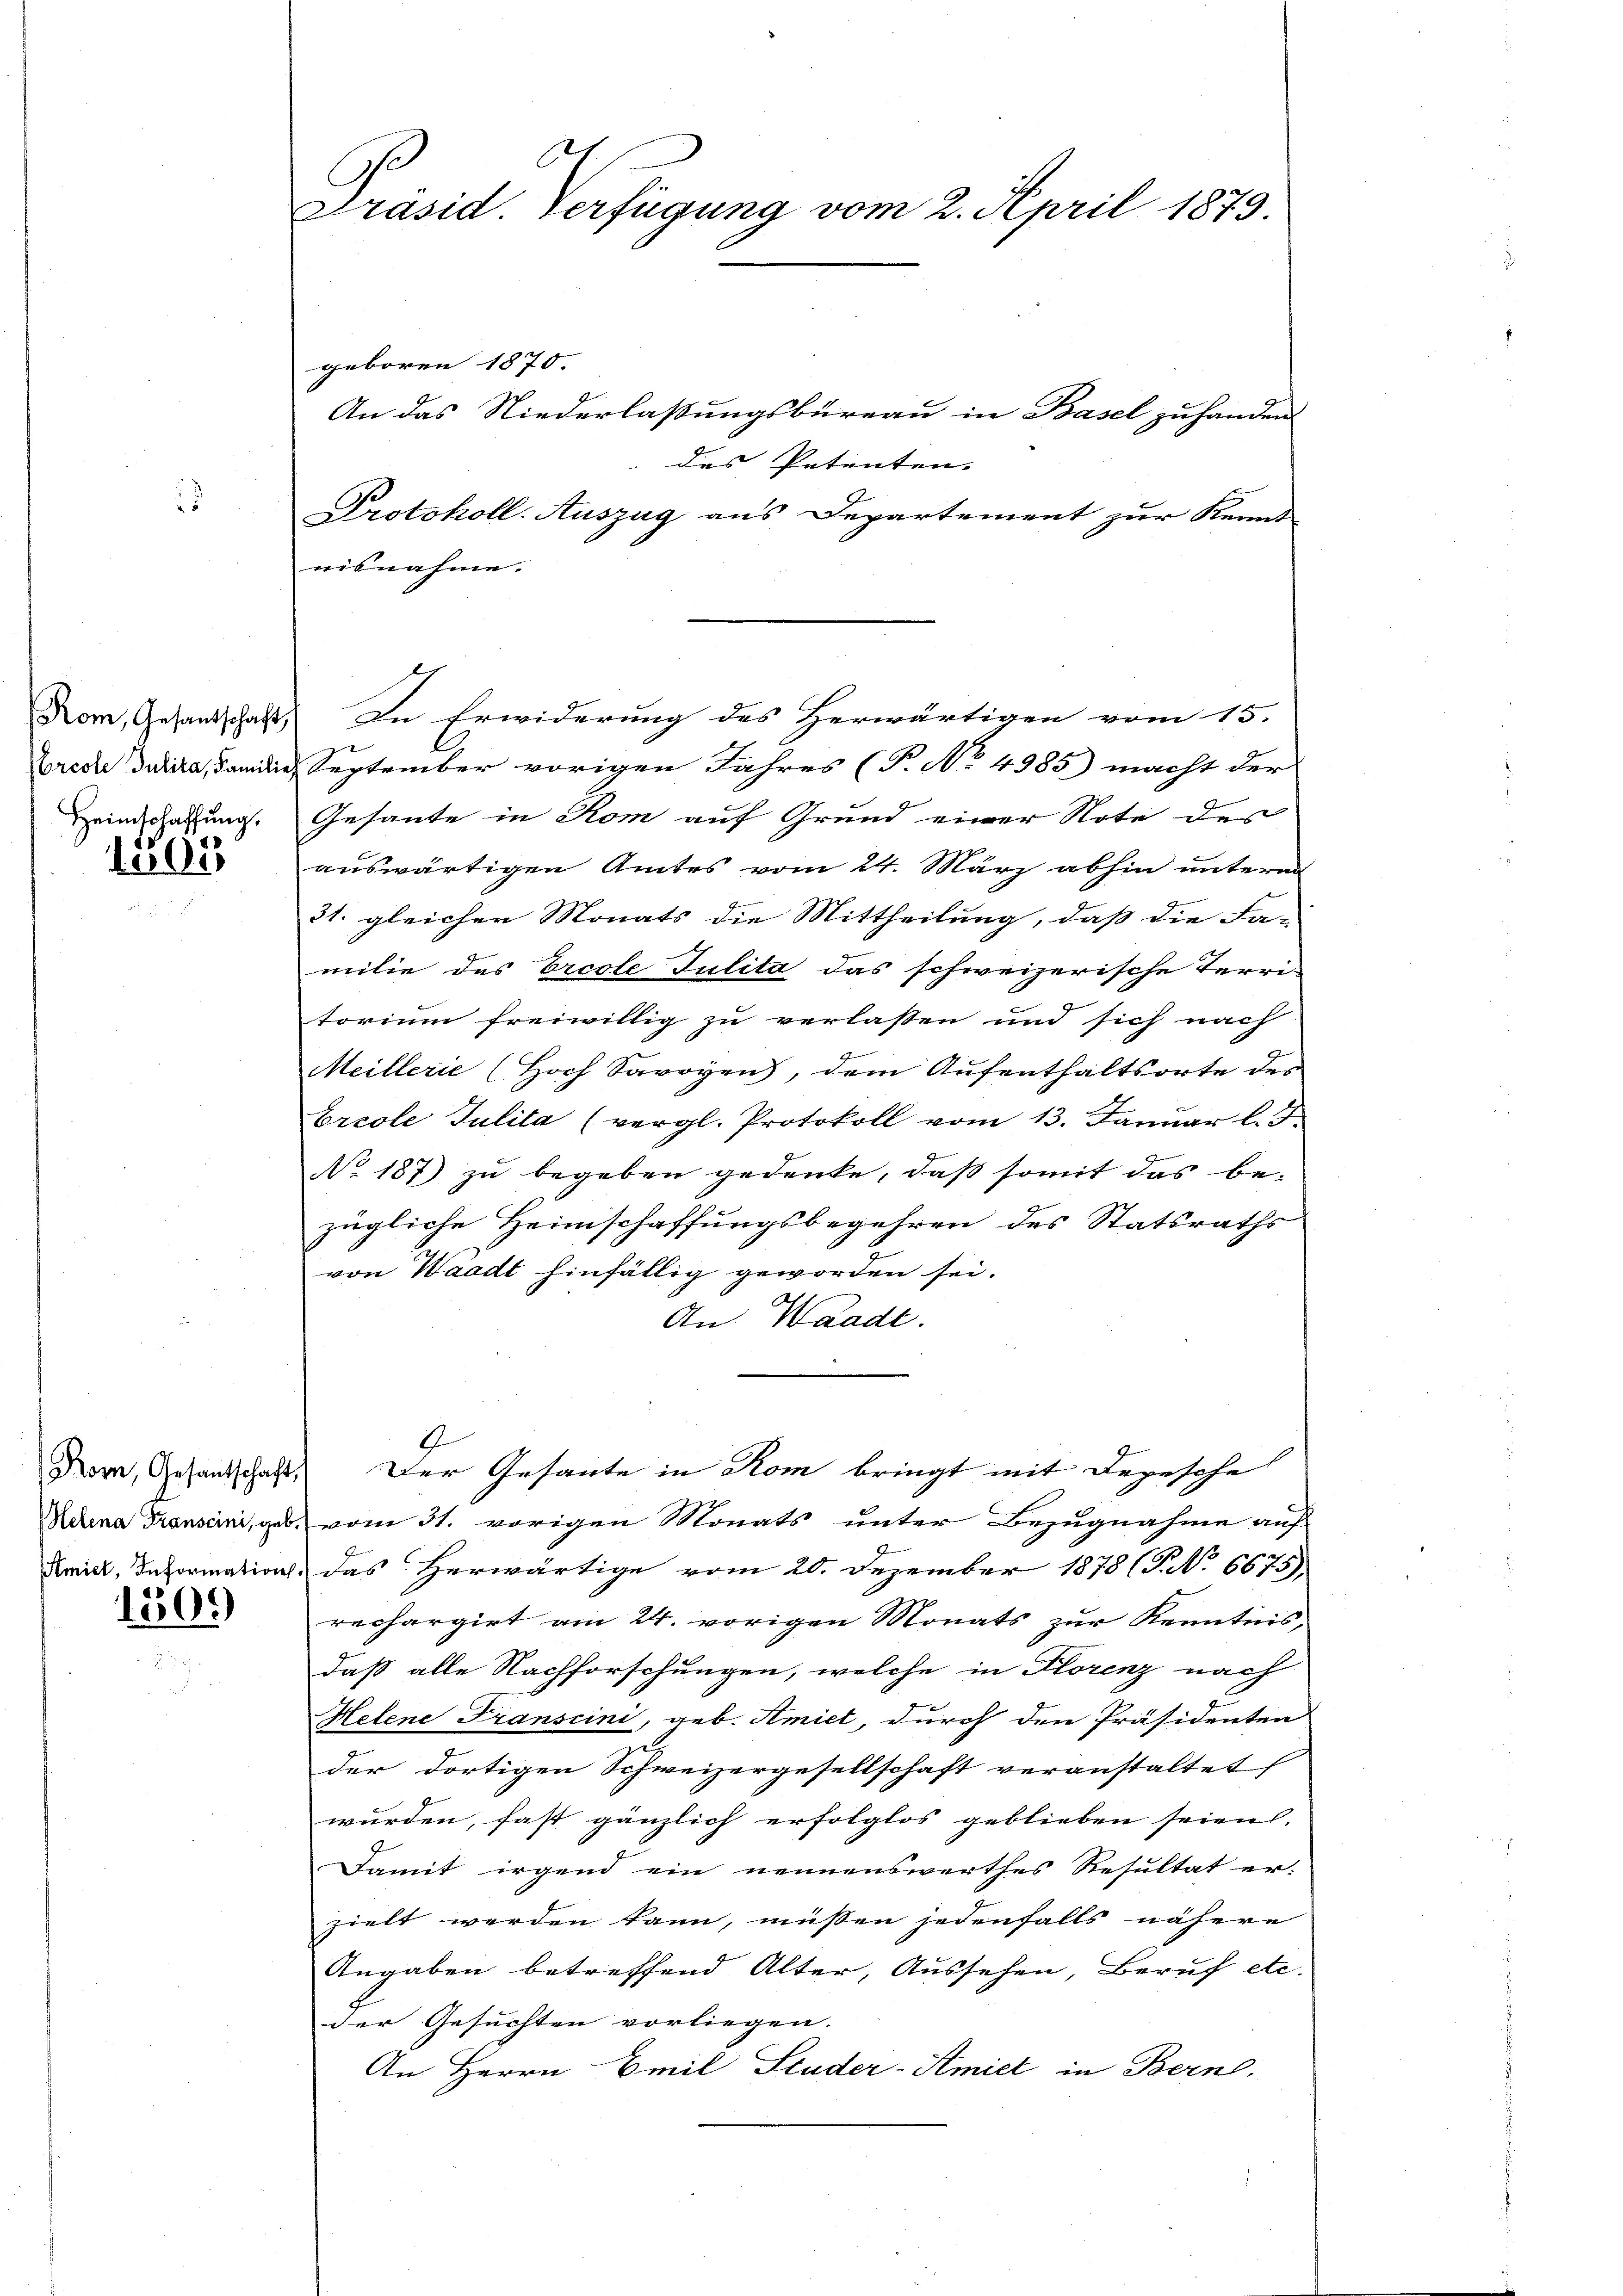
5

geboren 1870.
An das Niederlaßungsbüreau in Basel zu handen
des Petenten. |
Protokoll-Auszug aus Departement zur Kennt
uibnahme.
Rom, Gesandschaft, In Erwiderung des Herwärtigen vom 15.
brede dicta, dan die September vorigen Jahres (T. No 4985) macht der
Heimschaffung. Gesante in Rom auf Grund einer Note des
 auswärtigen Amtes vom 24. März abhin unterm
31. gleichen Monats die Mittheilung, daß die Fa-
milie des Ercole Julita das schweizerische Terri-
torium freiwillig zu verlassen und sich nach
9
Meillerie (Hoch Savoyen), dem Aufenthaltsorte des
Ereole Julita (vergl. Protokoll vom 13. Januar l. J.
No. 187) zu begeben gedenke, daß somit das be-
zügliche Heimschaffungsbegehren des Statsraths
von Waadt hinfällig geworden sei.
An Waadt.
G.
Dorn, Gesandschaft. Der Gesante in Rom bringt mit Depesche
Mdena Transen, geb. vom 31. vorigen Monats unter Bezugnahme auf
Amitl, Information, das Herwärtige vom 20. Dezember 1878 (T No 6675)
 rechargirt am 24. vorigen Monats zur Kenntnis-
daß alle Nachforschungen, welche in Florenz nach
Helene Franscini, geb. Amiet, durch den Präsidenten
der dortigen Schweizergesellschaft veranstaltet
wurden, fast gänzlich erfolglos geblieben seien.
Damit irgend ein nennenswerthes Resultat er-
zielt werden kann, müssen jedenfalls nähere
Angaben betreffend Alter, Aussehen, Beruf etc.
der Gesuchten vorliegen.
An Herrn Emil Studer-Stmiel in Bern,

.
Präsid. Verfügung vom 2. April 1879.